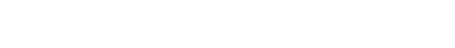
အသေးအဖွဲတွေပဲဖြစ်ပါတယ်၊ စကားပြောတဲ့အခန်းတွေမှာ ပါးစပ်မလှုပ်တာကနေ တွေမှာ